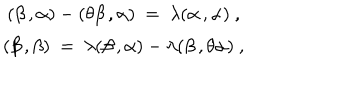
\begin{array} { c } { { ( \beta \, , \alpha ) - ( \theta \beta \, , \alpha ) ~ = ~ \lambda ( \alpha \, , \alpha ) ~ , } } \\ { { ( \beta \, , \beta ) ~ = ~ \lambda ( \beta \, , \alpha ) - \lambda ( \beta \, , \theta \alpha ) ~ , } } \\ \end{array}